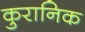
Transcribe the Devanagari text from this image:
कुरानिक